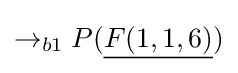
\rightarrow _{b1}P({\underline {F(1,1,6)}})